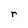
Character: r